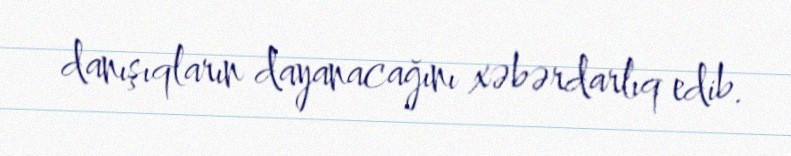
danışıqların dayanacağını xəbərdarlıq edib.